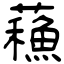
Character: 蘓